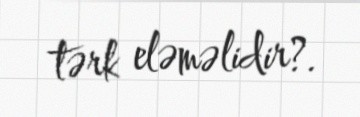
tərk eləməlidir?.